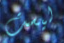
ليست